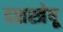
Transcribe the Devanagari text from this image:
दशस्त्रेषू